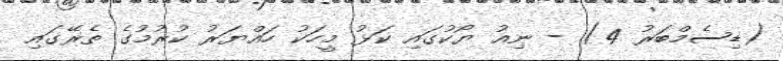
(ޑިސެމްބަރު 4) - ނިއު ޔޯކުގައި ކަޅު މީހަކު ހައްޔަރު ކުރުމުގެ ތެރޭގައި